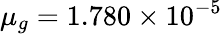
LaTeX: \mu_{g}=1.780\times 10^{-5}